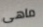
ماهى